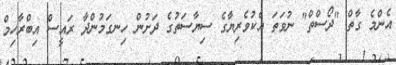
އެންމެ ގާތް "ދޯސްތް" ނުވަތަ އެކުވެރިޔާގެ ސިޔާސަތުގެ ދަށުން ހިނގަމުންދާ ރައީސް އިބްރާހިމް